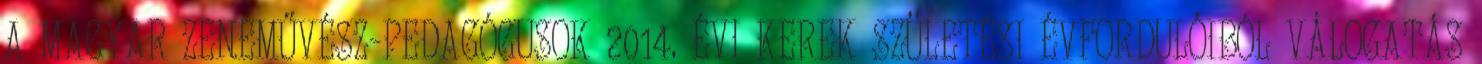
A MAGYAR ZENEMŰVÉSZ-PEDAGÓGUSOK 2014. ÉVI KEREK SZÜLETÉSI ÉVFORDULÓIBÓL VÁLOGATÁS